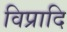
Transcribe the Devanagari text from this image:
विप्रादि